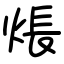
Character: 𤊞